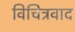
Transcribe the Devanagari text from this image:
विचित्रवाद